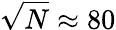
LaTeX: \sqrt{N}\approx 80